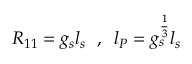
R _ { 1 1 } = g _ { s } l _ { s } \; \; , \; \; l _ { P } = g _ { s } ^ { \frac { 1 } { 3 } } l _ { s }